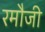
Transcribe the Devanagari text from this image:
रमौजी